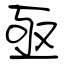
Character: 亟